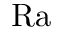
\mathrm { R a }